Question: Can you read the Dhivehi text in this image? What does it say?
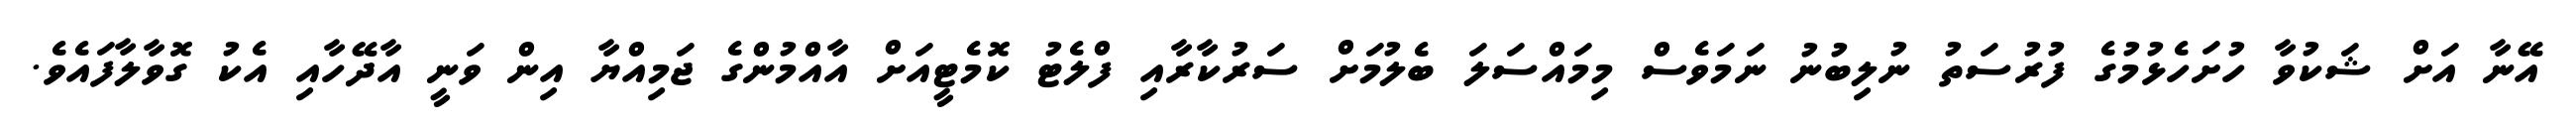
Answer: އޭނާ އަށް ޝަކުވާ ހުށަހެޅުމުގެ ފުރުސަތު ނުލިބުނު ނަމަވެސް މިމައްސަލަ ބެލުމަށް ސަރުކާރާއި ފްލެޓު ކޮމެޓީއަށް އާއްމުންގެ ޖަމިއްޔާ އިން ވަނީ އާދޭހާއި އެކު ގޮވާލާފައެވެ.